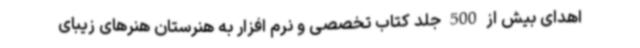
اهدای بیش از 500 جلد کتاب تخصصی و نرم افزار به هنرستان هنرهای زیبای